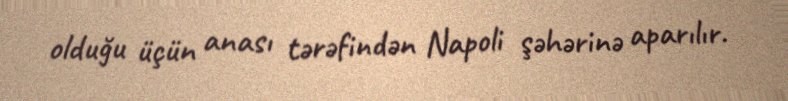
olduğu üçün anası tərəfindən Napoli şəhərinə aparılır.